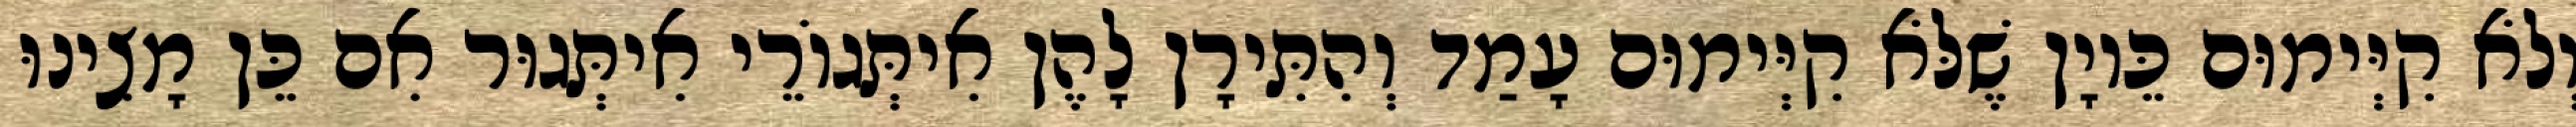
וְלֹא קִיְּימוּם כֵּיוָן שֶׁלֹּא קִיְּימוּם עָמַד וְהִתִּירָן לָהֶן אִיתְּגוֹרֵי אִיתְּגוּר אִם כֵּן מָצִינוּ